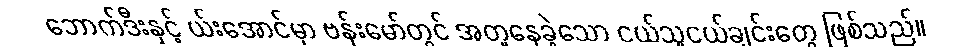
ဘောက်ဒီးနှင့် ယ်းအောင်မှာ ဗန်းမော်တွင် အတူနေခဲ့သော ငယ်သူငယ်ချင်းတွေ ဖြစ်သည်။